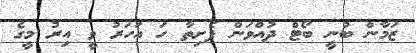
ޒަމާން ބުނީ ބޯޓް ދުއްވަން ފެށިތާ ހަ އަހަރު ވީ އިރު މީގެ